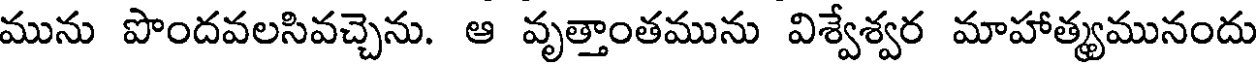
మును పొందవలసివచ్చెను. ఆ వృత్తాంతమును విశ్వేశ్వర మాహాత్యమునందు